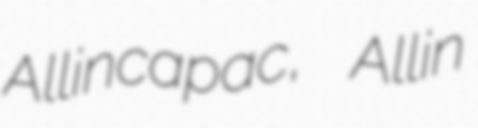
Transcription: Allincapac, Allin